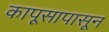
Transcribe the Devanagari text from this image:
कापूसापासून